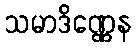
သမာဒိဏ္ဏေန